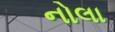
નોલા